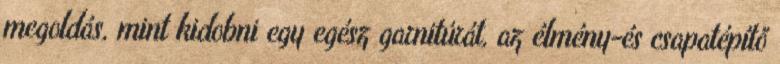
megoldás, mint kidobni egy egész garnitúrát, az élmény-és csapatépítő